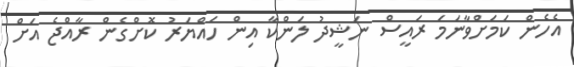
އެހެން ކަމަށްވާނަމަ ރައީސް ނަޝީދު ލަންކާ އިން ހައްޔަރު ކޮށްގެން ރާއްޖެ އަށް